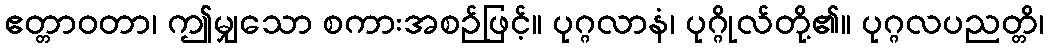
ဧတ္တာဝတာ၊ ဤမျှသော စကားအစဉ်ဖြင့်။ ပုဂ္ဂလာနံ၊ ပုဂ္ဂိုလ်တို့၏။ ပုဂ္ဂလပညတ္တိ၊